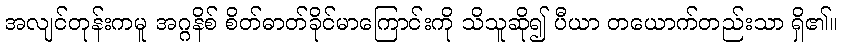
အလျင်တုန်းကမူ အဂ္ဂနိစ် စိတ်ဓာတ်ခိုင်မာကြောင်းကို သိသူဆို၍ ပီယာ တယောက်တည်းသာ ရှိ၏။